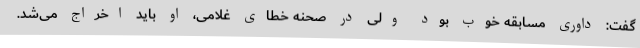
گفت: داوری مسابقه خوب بود ولی در صحنه خطای غلامی، او باید اخراج می‌شد.